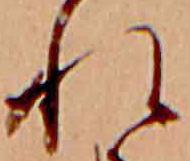
れ